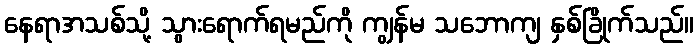
နေရာအသစ်သို့ သွားရောက်ရမည်ကို ကျွန်မ သဘောကျ နှစ်ခြိုက်သည်။